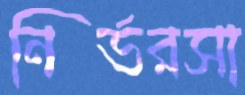
নির্ভরসা